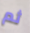
ثم